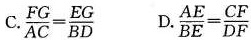
C.$$\frac { F G } { A C } = \frac { E G } { B D }$$ D.$$\frac { A E } { B E } = \frac { C F } { D F }$$